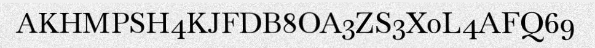
AKHMPSH4KJFDB8OA3ZS3X0L4AFQ69